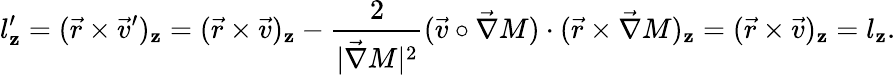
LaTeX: l_{\mathbf{z}}^{\prime}=(\vec{{r}}\times\vec{{v}}^{\prime})_{\mathbf{z}}=(\vec{{r}}\times\vec{{v}})_{\mathbf{z}}-\frac{{2}}{{|\vec{{\nabla}}M|^{2}}}(\vec{{v}}\circ\vec{{\nabla}}M)\cdot(\vec{{r}}\times\vec{{\nabla}}M)_{\mathbf{z}}=(\vec{{r}}\times\vec{{v}})_{\mathbf{z}}=l_{\mathbf{z}}.